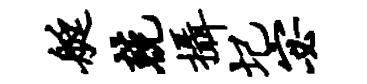
艇兢摄圮宓